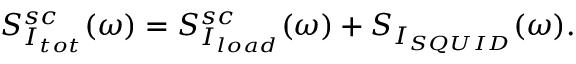
S _ { I _ { t o t } } ^ { s c } ( \omega ) = S _ { I _ { l o a d } } ^ { s c } ( \omega ) + S _ { I _ { S Q U I D } } ( \omega ) .